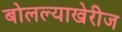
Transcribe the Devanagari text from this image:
बोलल्याखेरीज